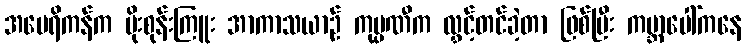
အမေရိကန်က ပိုးစုန်းကြူး အာကာသယာဉ် ကုမ္ပဏီက လွှင့်တင်ခဲ့တာ ဖြစ်ပြီး ကမ္ဘာပေါ်ကနေ